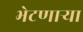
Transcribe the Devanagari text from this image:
भेटणार्‍या